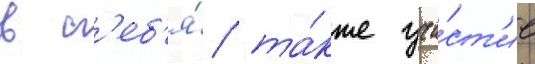
в с'еб'я́ та́кже уча́ст'ие